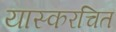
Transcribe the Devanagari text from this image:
यास्करचित